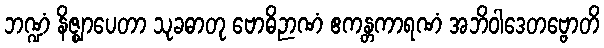
ဘဏ္ဍံ နိဇ္ဈာပေတာ သုခဓာတု ဗောဓိဉာဏံ ဧကန္တကာရဏံ အဘိဝါဒေတဗ္ဗောတိ